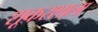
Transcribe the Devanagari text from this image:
शूकरशाला